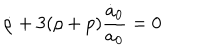
\dot { \rho } + 3 ( \rho + p ) \frac { \dot { a } _ { 0 } } { a _ { 0 } } = 0